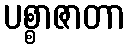
ပစ္စာဇာတာ